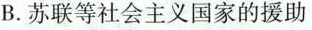
B.苏联等社会主义国家的援助